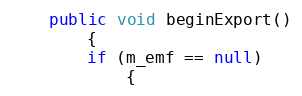
Language: Java
    public void beginExport()
        {
        if (m_emf == null)
            {